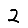
Digit: 2